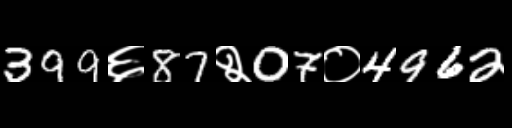
Text: 399६87२07०4962